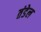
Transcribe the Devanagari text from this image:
तंडेल